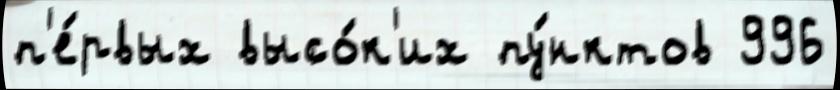
п'е́рвых высо́к'их пу́нктов 996